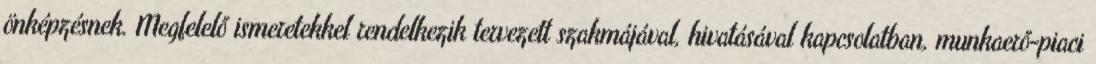
önképzésnek. Megfelelő ismeretekkel rendelkezik tervezett szakmájával, hivatásával kapcsolatban, munkaerő-piaci